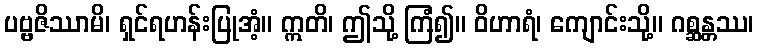
ပဗ္ဗဇိဿာမိ၊ ရှင်ရဟန်းပြုအံ့။ ဣတိ၊ ဤသို့ ကြံ၍။ ဝိဟာရံ၊ ကျောင်းသို့။ ဂစ္ဆန္တဿ၊